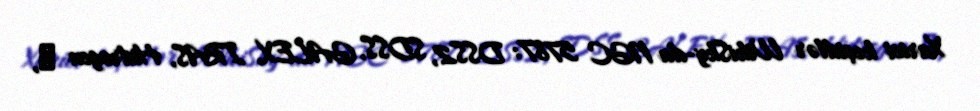
Xarici keçidlər WikiSky-da NGC 5787: DSS2, SDSS, GALEX, IRAS, Hidrogen α,